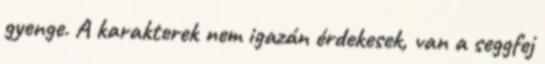
gyenge. A karakterek nem igazán érdekesek, van a seggfej